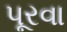
પૂરવા